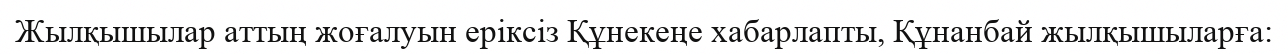
Жылқышылар аттың жоғалуын еріксіз Құнекеңе хабарлапты, Құнанбай жылқышыларға: